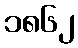
၁၈၆၂